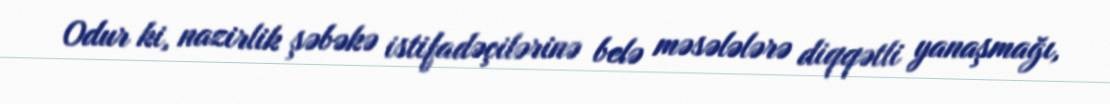
Odur ki, nazirlik şəbəkə istifadəçilərinə belə məsələlərə diqqətli yanaşmağı,